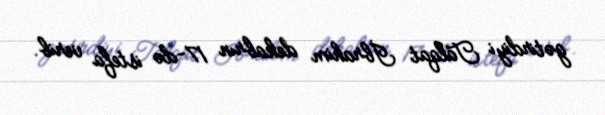
gətirdiyi Talqat İbrahim dekabrın 17-də istefa verib.